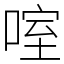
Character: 㗌